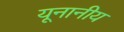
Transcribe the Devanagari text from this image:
यूनानीय